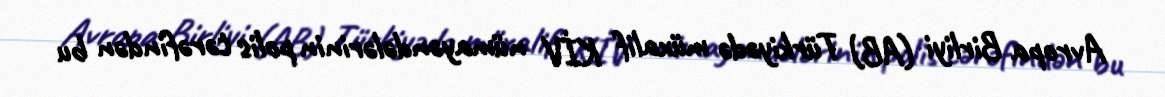
Avropa Birliyi (AB) Türkiyədə müxalif KİV nümayəndələrinin polis tərəfindən bu